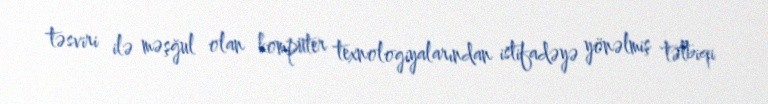
təsviri ilə məşğul olan kompüter texnologiyalarından istifadəyə yönəlmiş tətbiqi